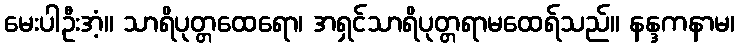
မေးပါဦးအံ့။ သာရိပုတ္တထေရော၊ အရှင်သာရိပုတ္တရာမထေရ်သည်။ နန္ဒကနာမ၊